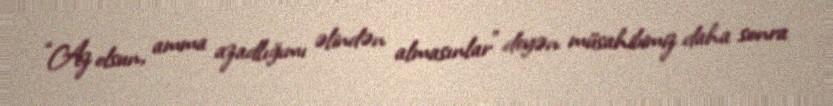
“Az olsun, amma azadlığımı əlindən almasınlar” deyən müsahibimiz daha sonra